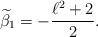
LaTeX: \begin{align*}\widetilde\beta_1=-\frac{\ell^2+2}2.\end{align*}